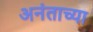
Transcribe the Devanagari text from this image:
अनंताच्या